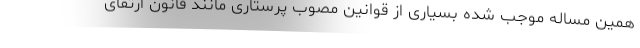
همین مساله موجب شده بسیاری از قوانین مصوب پرستاری مانند قانون ارتقای